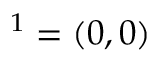
{ \v O } ^ { 1 } = ( 0 , 0 )